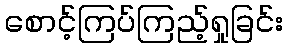
စောင့်ကြပ်ကြည့်ရှုခြင်း